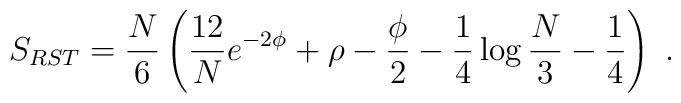
S_{RST}={N\over6} \left({12\over N} e^{-2\phi}+\rho-{\phi\over2}-{1\over4}\log {N\over3}-{1\over4}\right)\ .